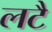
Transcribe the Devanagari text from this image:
लटै